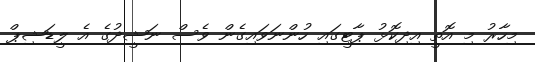
މިހާރު މި އޮތީ އިދިކޮޅު ޕާޓީގައި ހުންނަވައިގެން ވެސް ނަޝީދުގެ އެ ލީޑަޝިޕް